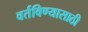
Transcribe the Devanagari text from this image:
वर्तविण्यासाठी